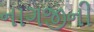
નાગજીની